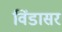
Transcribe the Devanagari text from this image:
विंडासर